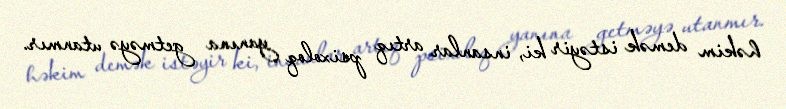
həkim demək istəyir ki, insanlar artıq psixoloq yanına getməyə utanmır.